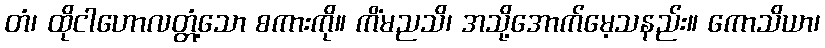
တံ၊ ထိုငါဟောလတ္တံ့သော စကားကို။ ကိံမညသိ၊ အသို့အောက်မေ့သနည်း။ ကောသိယာ၊